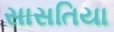
સાસતિયા